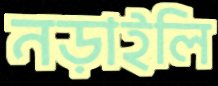
নড়াইলি